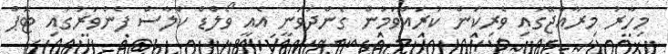
މިހާރު މިރާއްޖޭގައި ވެރިކަން ކުރައްވަމުން ގެންދަވަނީ އެއީ ވޯލްޑް ކްލާސް ފެންވަރުގައި ޓޮޕް